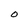
Character: O